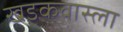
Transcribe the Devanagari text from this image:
खडकवास्ला